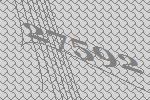
27592